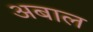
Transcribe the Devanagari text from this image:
अबाल